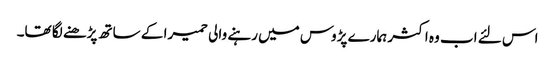
اس لئے اب وہ اکثر ہمارے پڑوس میں رہنے والی حمیرا کے ساتھ پڑھنے لگا تھا۔